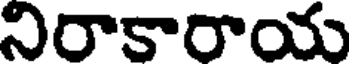
నిరాకారాయ